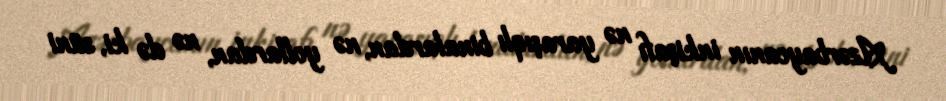
Azərbaycanın inkişafı nə yaraşıqlı binalardan, nə yollardan, nə də ki, süni